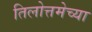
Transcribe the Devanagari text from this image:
तिलोत्तमेच्या